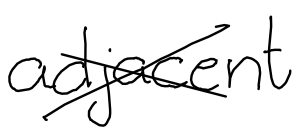
Text: adjacent
Cross-out: cross
Writing tool: digital_black